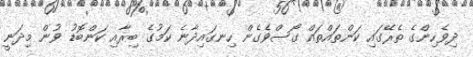
ދިވެހިންގެ ތެރޭގައި ކަންތައްތައް ގޯސްވެގެން ހިނގައިދާނެ ކަމުގެ ބިރާއި ކަންބޮޑު ވުން މިދަނީ